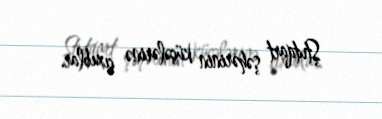
Ştutqart şəhərinin küçələrinə çıxıblar.